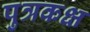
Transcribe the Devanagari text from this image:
पुत्रकक्ष